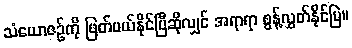
သံယောဇဉ်ကို ဖြတ်ပယ်နိုင်ပြီဆိုလျှင် အရာရာ စွန့်လွှတ်နိုင်မြဲ။